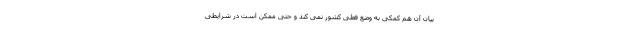
بیان آن هم کمکی به وضع فعلی کشور نمی کند و حتی ممکن است در شرایطی